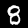
Label: 8